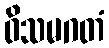
ဝိသမဂတံ